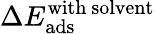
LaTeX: \Delta E_{\mathrm{ads}}^{\mathrm{with\ solvent}}